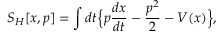
S _ { H } [ x , p ] = \int d t \Big \{ p \frac { d x } { d t } - \frac { p ^ { 2 } } { 2 } - V ( x ) \Big \} ,